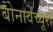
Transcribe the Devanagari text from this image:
बोनावेंच्यूरा